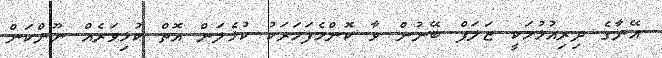
އޭނާގެ ދިރިއުޅުމަކީ ޒަލަފް ބޭނުން ވާ ކޮންމެފަހަރަކު ކުޅެލަން އޮތް ކުޅިވަރެއް ނޫންކަން